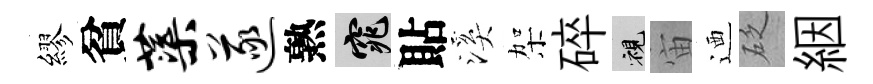
繆貧蕖遂熟窕貼溪架碎視宙迺砭絪